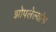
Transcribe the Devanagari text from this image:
झोपलेल्यांना